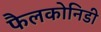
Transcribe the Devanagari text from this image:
फैलकोनिडी